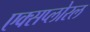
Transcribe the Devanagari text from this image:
एक्सप्लोरल